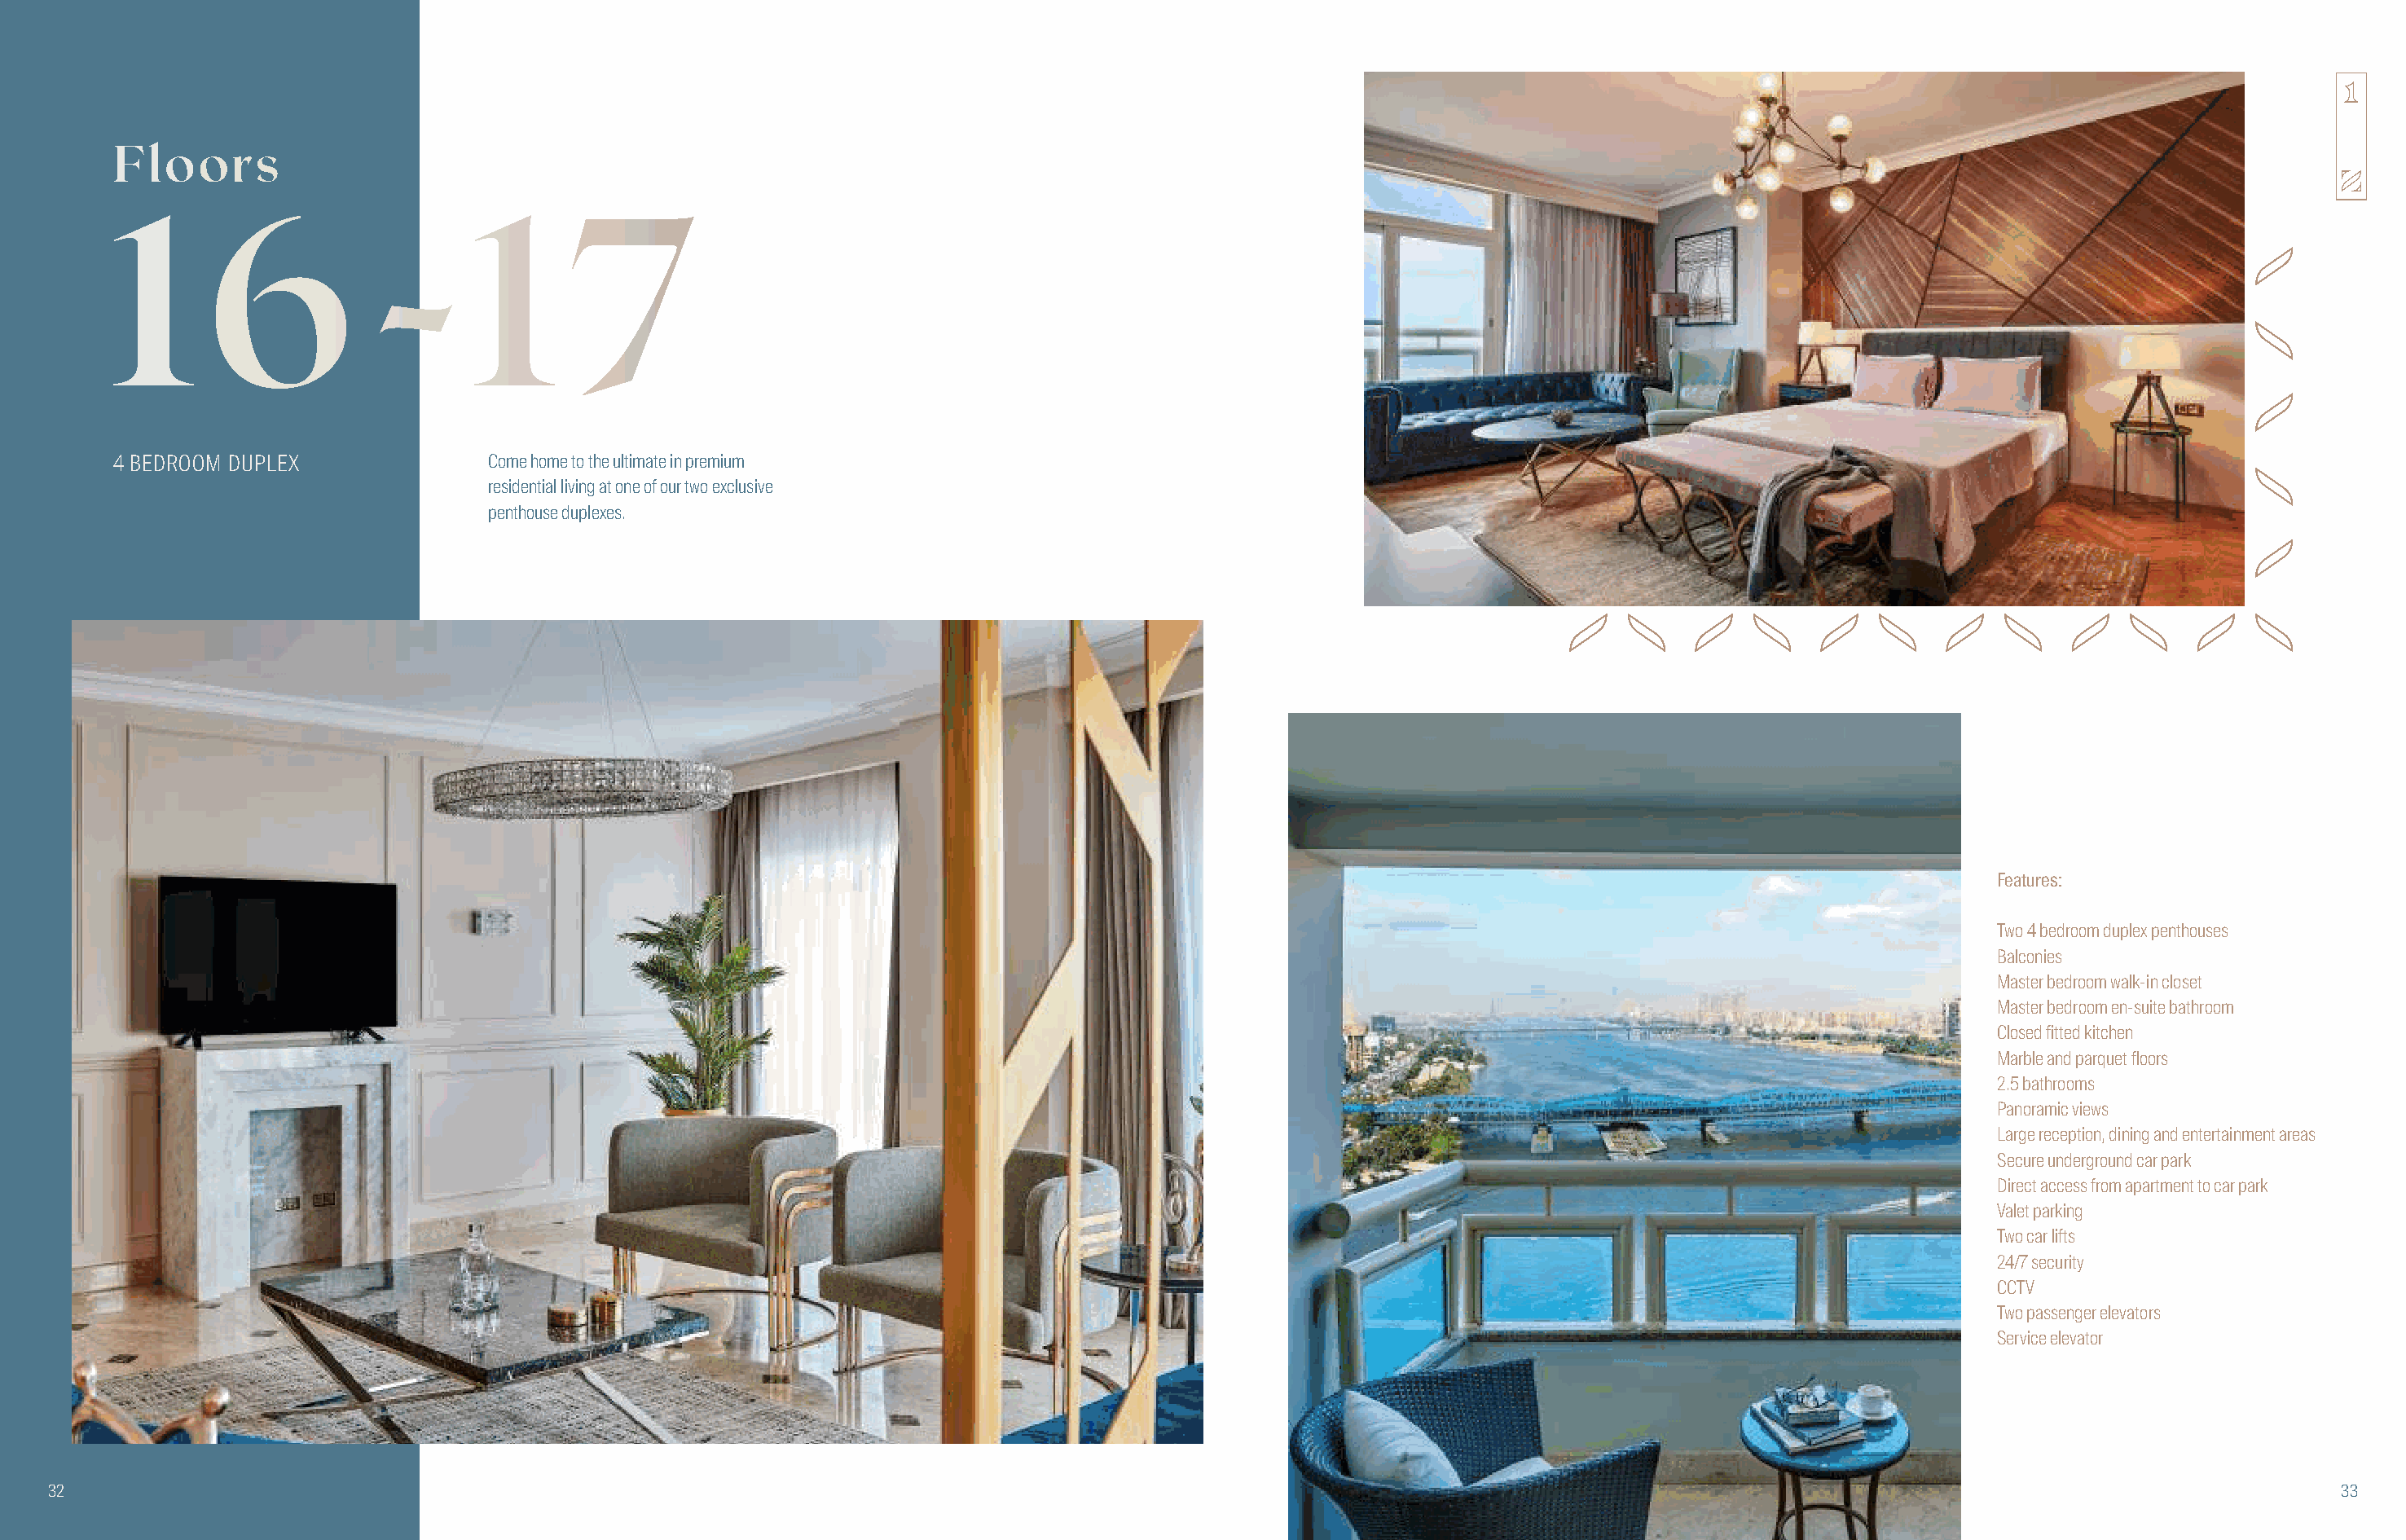
Floors
 1       6            -        1      7
 4 BEDROOM DUPLEX               Come home to the ultimate in premium
 residential living at one of our two exclusive
 penthouse duplexes.
 Features:
 Two 4 bedroom duplex penthouses
 Balconies
 Master bedroom walk-in closet
 Master bedroom en-suite bathroom
 Closed fitted kitchen
 Marble and parquet floors
 2.5 bathrooms
 Panoramic views
 Large reception, dining and entertainment areas
 Secure underground car park
 Direct access from apartment to car park
 Valet parking
 Two car lifts
 24/7 security
 CCTV
 Two passenger elevators
 Service elevator
 32                                                                                                                                                                                        33